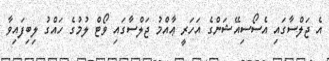
އެ ޖަލްސާގައި އެސޯސިއޭޝަންގެ އަހަރީ ޢާއްމު ޖަލްސާގައި ވޯޓް ލުމުގެ ހައްގު ލިބިފައިވާ